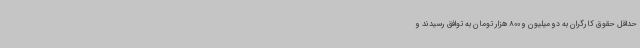
حداقل حقوق کارگران به دو میلیون و 800 هزار تومان به توافق رسیدند و